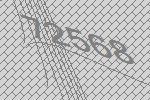
72568